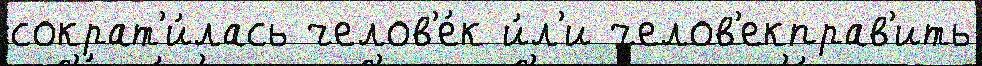
сократ'и́лась челов'е́к и́л'и челов'екправ'ить